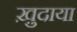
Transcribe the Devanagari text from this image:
ख़ु़दाया